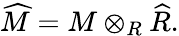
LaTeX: {\widehat{M}}=M\otimes_{R}{\widehat{R}}.